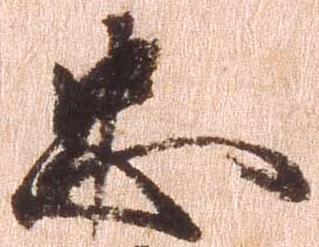
忠